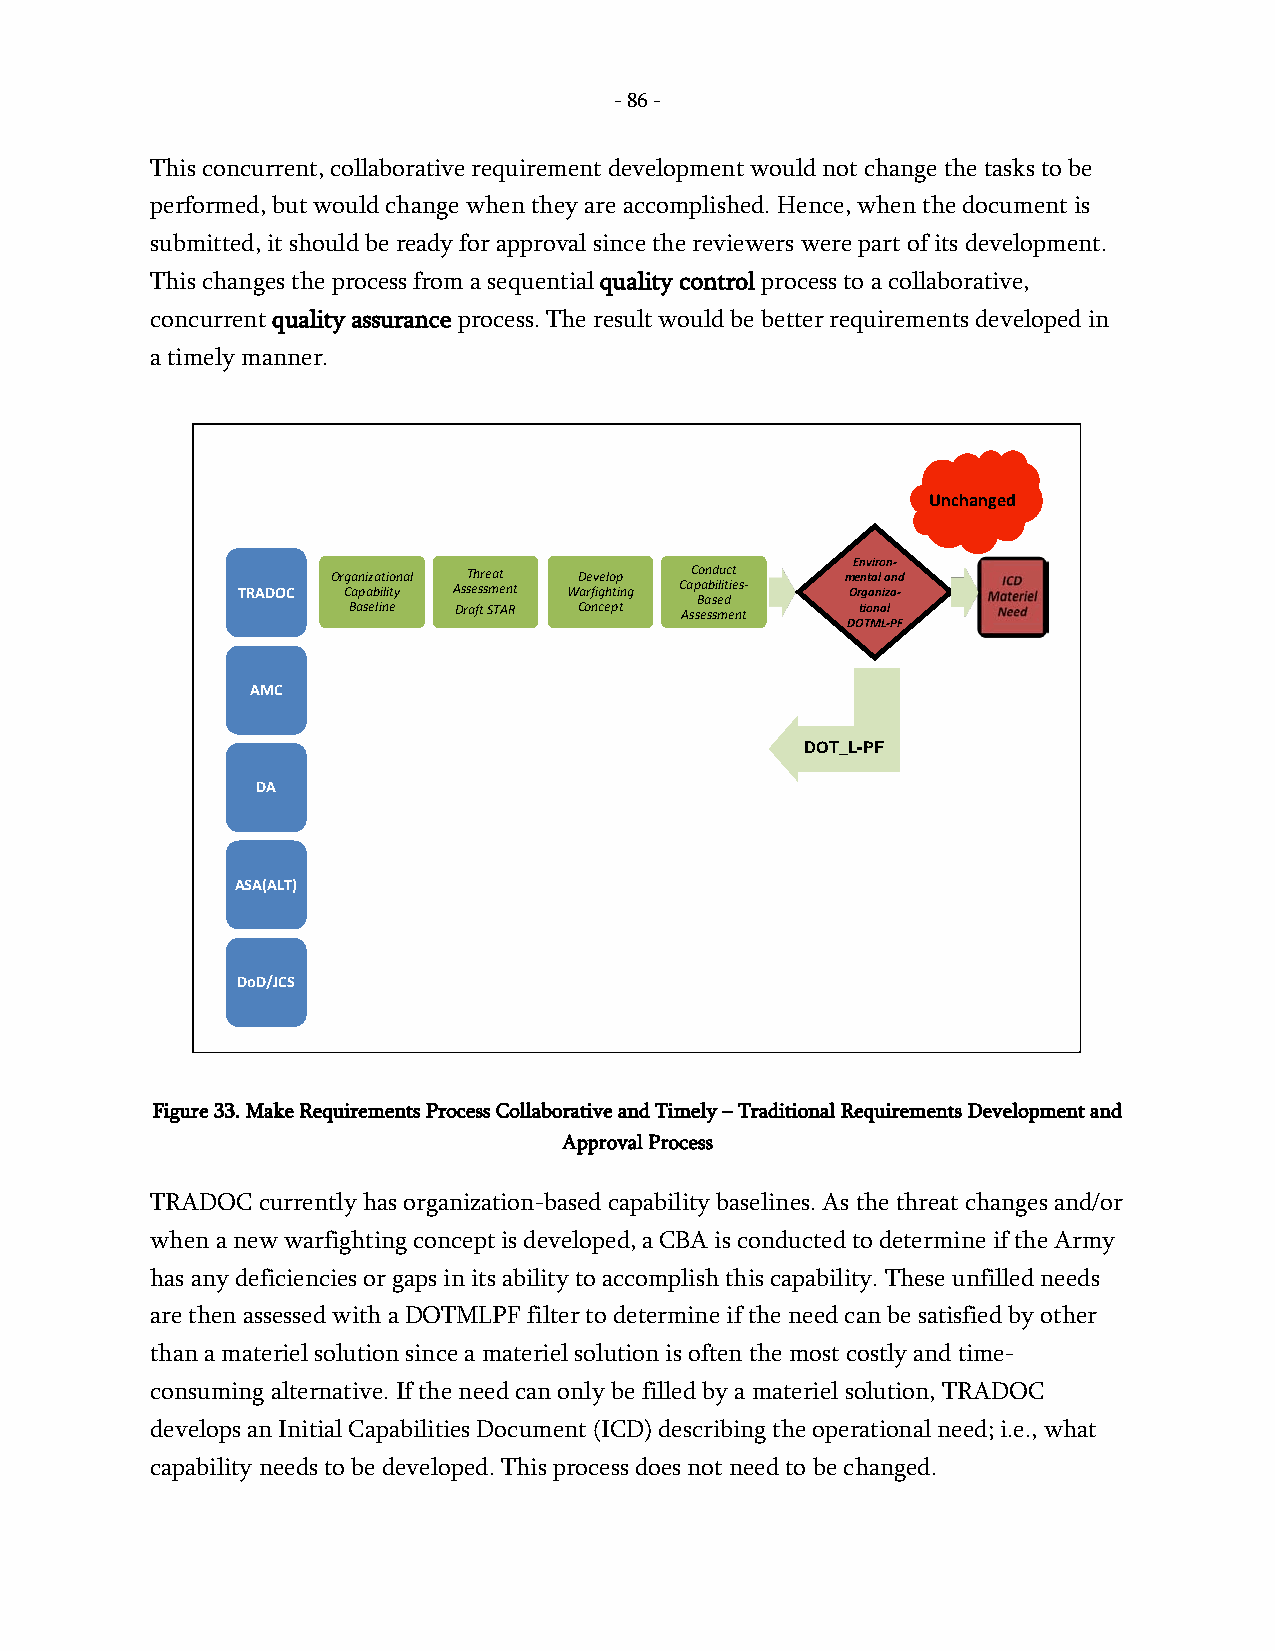
- 86 -
 This concurrent, collaborative requirement development would not change the tasks to be
 performed, but would change when they are accomplished. Hence, when the document is
 submitted, it should be ready for approval since the reviewers were part of its development.
 This changes the process from a sequential quality control process to a collaborative,
 concurrent quality assurance process. The result would be better requirements developed in
 a timely manner.
 UUUnnnccchhhaaannngggeeeddd
 EEnnvviirroonn--
 OOOrrrgggaaannniiizzzaaatttiiiooonnnaaalll TTThhhrrreeeaaattt DDDeeevvveeellloooppp CCCooonnnddduuucccttt mmeennttaall aanndd
 TTTRRRAAADDDOOOCCC CCCaaapppaaabbbiiillliiitttyyy AAAsssssseeessssssmmmeeennnttt WWWaaarrrfffiiiggghhhtttiiinnnggg CCCaaapppaaabbbiiillliiitttiiieeesss--- OOrrggaanniizzaa--
 BBBaaassseeeddd
 BBBaaassseeellliiinnneee DDDrrraaafffttt SSSTTTAAARRR CCCooonnnccceeepppttt AAAsssssseeessssssmmmeeennnttt ttiioonnaall
 DDOOTTMMLL--PPFF
 AAAMMMCCC
 DDOOTT__LL--PPFF
 DDDAAA
 AAASSSAAA(((AAALLLTTT)))
 DDDoooDDD///JJJCCCSSS
 Figure 33. Make Requirements Process Collaborative and Timely – Traditional Requirements Development and
 Approval Process
 TRADOC currently has organization-based capability baselines. As the threat changes and/or
 when a new warfighting concept is developed, a CBA is conducted to determine if the Army
 has any deficiencies or gaps in its ability to accomplish this capability. These unfilled needs
 are then assessed with a DOTMLPF filter to determine if the need can be satisfied by other
 than a materiel solution since a materiel solution is often the most costly and time-
 consuming alternative. If the need can only be filled by a materiel solution, TRADOC
 develops an Initial Capabilities Document (ICD) describing the operational need; i.e., what
 capability needs to be developed. This process does not need to be changed.
 -
 86
 -